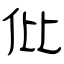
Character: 仳